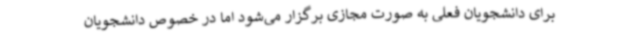
برای دانشجویان فعلی به صورت مجازی برگزار می‌شود اما در خصوص دانشجویان